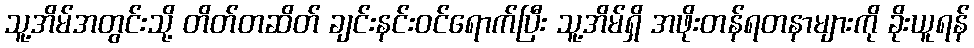
သူ့အိမ်အတွင်းသို့ တိတ်တဆိတ် ချင်းနင်းဝင်ရောက်ပြီး သူ့အိမ်ရှိ အဖိုးတန်ရတနာများကို ခိုးယူရန်